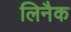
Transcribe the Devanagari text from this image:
लिनैक